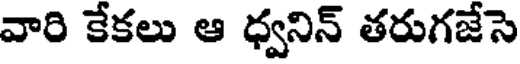
వారి కేకలు ఆ ధ్వనిన్ తరుగజేసె